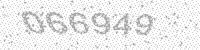
Solution: 066949